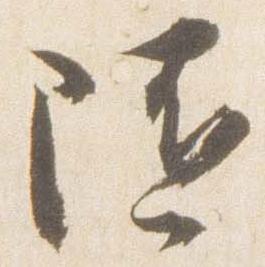
随